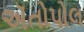
ઍતોપોલ